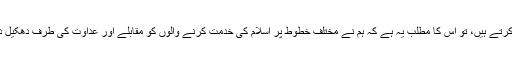
جی ہاں ، جب ہم کسی مسئلے کو اشخاص کے لیے مخصوص کرکے اس کے دائرے کو تنگ کرتے ہیں، تو اس کا مطلب یہ ہے کہ ہم نے مختلف خطوط پر اسلام کی خدمت کرنے والوں کو مقابلے اور عداوت کی طرف دھکیل دیا ہے اور ہو سکتا ہے کہ ہم حسد کے گناہ کی وجہ سے ان کے ہلاکت کا سبب بھی بن جائیں ۔